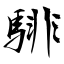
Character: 騑